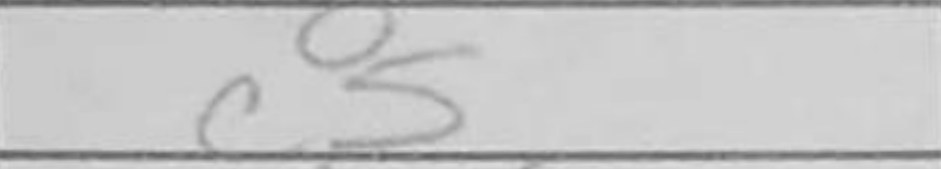
Transcription: c5